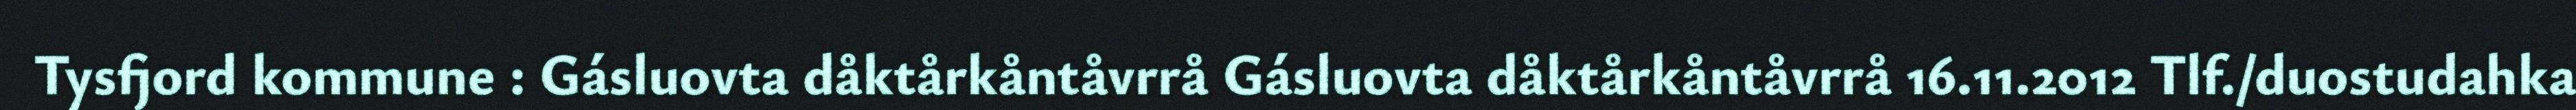
Tysfjord kommune : Gásluovta dåktårkåntåvrrå Gásluovta dåktårkåntåvrrå 16.11.2012 Tlf./duostudahka